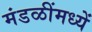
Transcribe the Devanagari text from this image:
मंडळींमध्यें